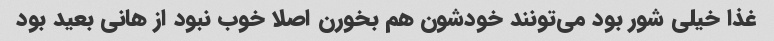
غذا خیلی شور بود می‌تونند خودشون هم بخورن اصلا خوب نبود از هانی بعید بود